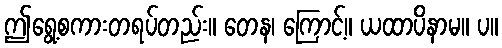
ဤရွေ့စကားတရပ်တည်း။ တေန၊ ကြောင့်။ ယထာပိနာမ။ ပ။